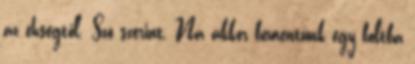
az éhségtől. Szó szerint. Na akkor bementünk egy boltba